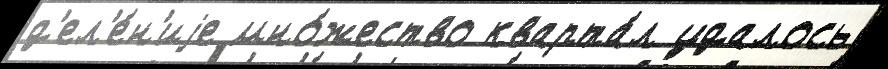
д'ел'е́н'иjе мно́жество кварта́л удалось